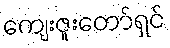
ကျေးဇူးတော်ရှင်